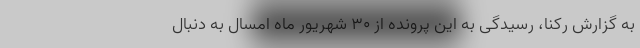
به گزارش رکنا، رسیدگی به این پرونده از ۳۰ شهریور ماه امسال به دنبال